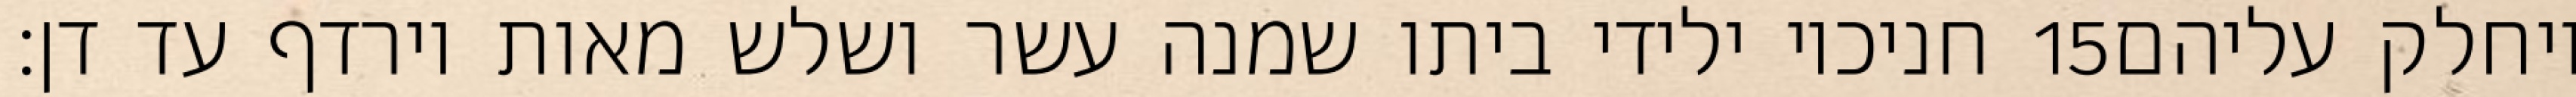
חניכיו ילידי ביתו שמנה עשר ושלש מאות וירדף עד דן׃ ‎15‏ ויחלק עליהם